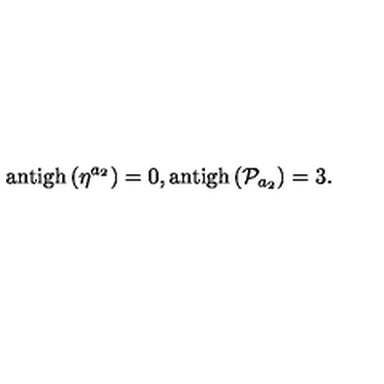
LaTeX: \mathrm { a n t i g h } \left( \eta ^ { a _ { 2 } } \right) = 0 , \mathrm { a n t i g h } \left( \mathcal { P } _ { a _ { 2 } } \right) = 3 .